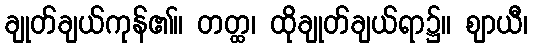
ချုတ်ချယ်ကုန်၏။ တတ္ထ၊ ထိုချုတ်ချယ်ရာ၌။ ဈာယီ၊